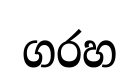
ගරහ